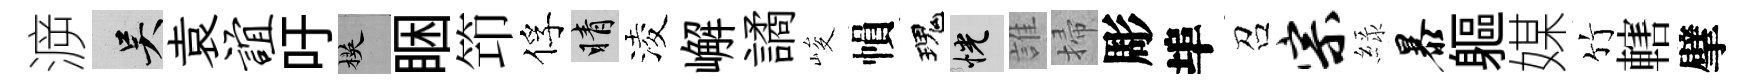
㴑吴袁谊吁楧睏笻俘睛淩嶰譎峻𢄙瑰恍誰掃彫埠召宗緑暴軀媒竹轄擘